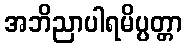
အဘိညာပါရမိပ္ပတ္တာ